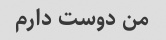
من دوست دارم